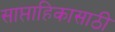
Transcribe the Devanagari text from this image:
साप्ताहिकासाठी